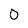
Character: 0